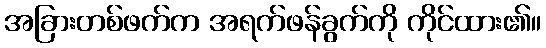
အခြားတစ်ဖက်က အရက်ဖန်ခွက်ကို ကိုင်ထား၏။